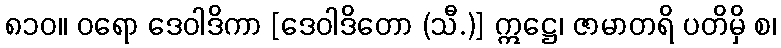
၈၁၀။ ဝရော ဒေဝါဒိကာ [ဒေဝါဒိတော (သီ.)] ဣဋ္ဌေ၊ ဇာမာတရိ ပတိမှိ စ၊